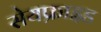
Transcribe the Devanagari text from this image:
सेयफ्राइड